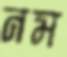
নম